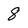
Character: 8